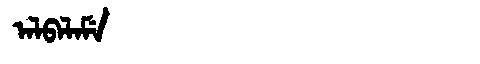
Manchu: ᠠᠯᠪᠠᠯᠠᠮᡝ
Romanization: ALBALAME